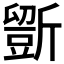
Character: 𣃃